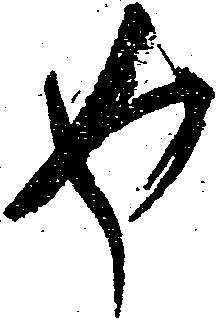
返